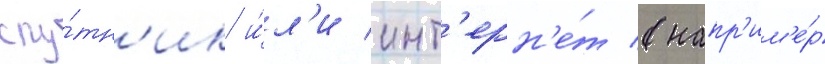
спу́тн'ик и́л'и инт'ерн'е́т (напр'им'е́р